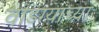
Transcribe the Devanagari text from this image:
वाडग्यांच्या